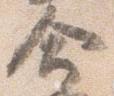
命